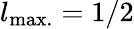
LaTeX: l_{\mathrm{{max.}}}=1/2